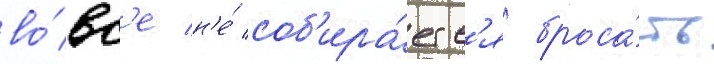
во́вс'е н'е́ соб'ира́етс'я броса́ть